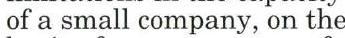
of a small company, on the